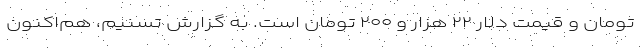
تومان و قیمت دلار ۲۲ هزار و ۲۰۰ تومان است. به گزارش تسنیم، هم‌اکنون